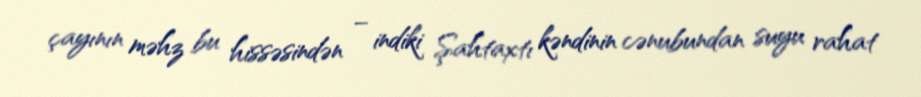
çayının məhz bu hissəsindən – indiki Şahtaxtı kəndinin cənubundan suyu rahat